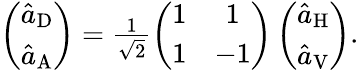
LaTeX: \begin{array}{r}{\left(\begin{array}{c}{\hat{a}_{\mathrm{D}}}\\ {\hat{a}_{\mathrm{A}}}\end{array}\right)=\frac{1}{\sqrt{2}}\left(\begin{array}{cc}{1}&{1}\\ {1}&{-1}\end{array}\right)\left(\begin{array}{c}{\hat{a}_{\mathrm{H}}}\\ {\hat{a}_{\mathrm{V}}}\end{array}\right).}\end{array}